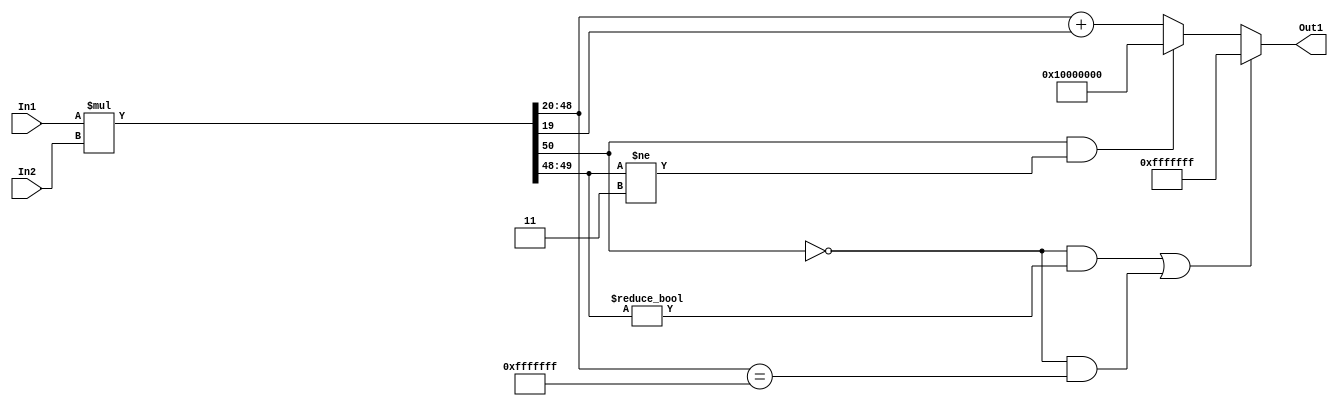
// -------------------------------------------------------------
// 
// 
// Generated by MATLAB 9.14 and HDL Coder 4.1
// 
// -------------------------------------------------------------


// -------------------------------------------------------------
// 
// Module: multa6_block1
// Source Path: FP_sub/fp model/IIR_section_3/multa6
// Hierarchy Level: 2
// 
// -------------------------------------------------------------

`timescale 1 ns / 1 ns

module multa6_block1
          (In2,
           In1,
           Out1);


  input   signed [14:0] In2;  // sfix15_En11
  input   signed [35:0] In1;  // sfix36_En27
  output  signed [28:0] Out1;  // sfix29_En18


  wire signed [50:0] multa6_mul_temp;  // sfix51_En38
  wire signed [28:0] multa6_out1;  // sfix29_En18


  assign multa6_mul_temp = In1 * In2;
  assign multa6_out1 = (((multa6_mul_temp[50] == 1'b0) && (multa6_mul_temp[49:48] != 2'b00)) || ((multa6_mul_temp[50] == 1'b0) && (multa6_mul_temp[48:20] == 29'sb01111111111111111111111111111)) ? 29'sb01111111111111111111111111111 :
              ((multa6_mul_temp[50] == 1'b1) && (multa6_mul_temp[49:48] != 2'b11) ? 29'sb10000000000000000000000000000 :
              multa6_mul_temp[48:20] + $signed({1'b0, multa6_mul_temp[19]})));



  assign Out1 = multa6_out1;

endmodule  // multa6_block1